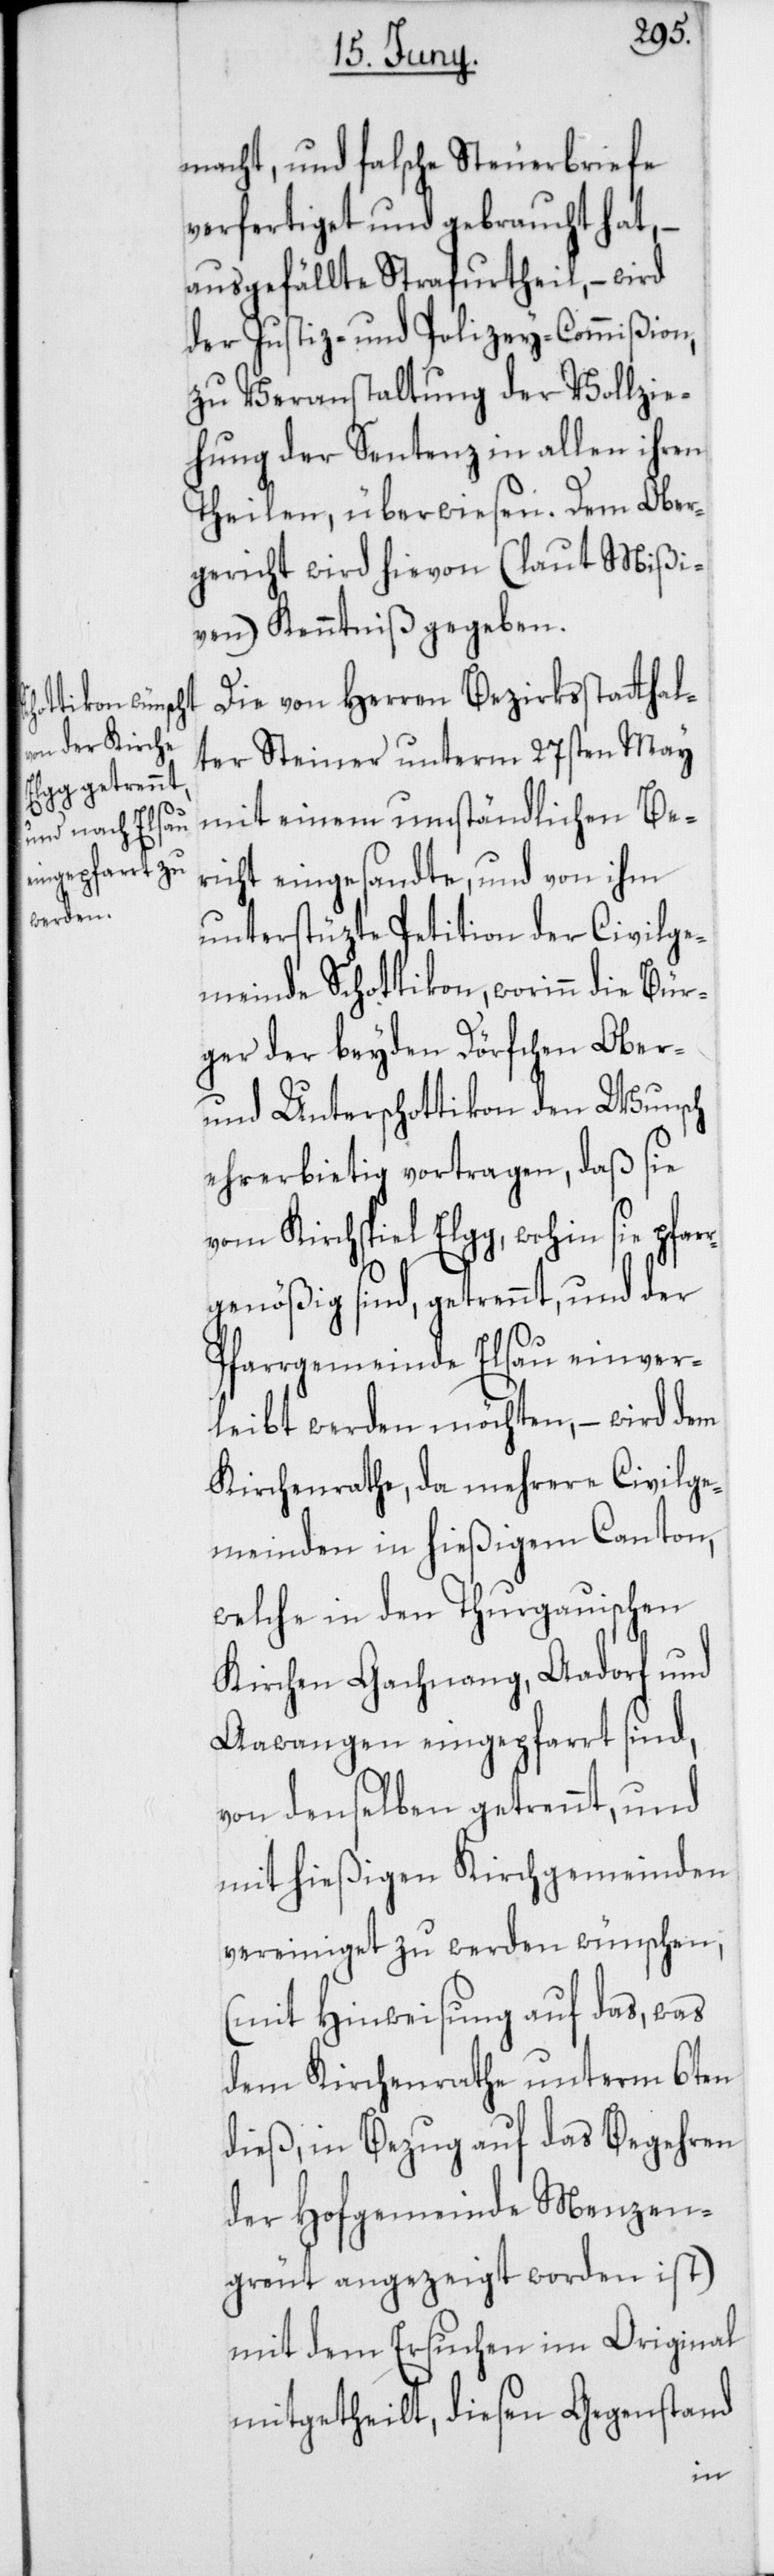
macht, und falsche Steuerbriefe
verfertiget und gebraucht hat, –
ausgefällte Strafurtheil, – wird
der Justiz- und Polizey-Commißion,
zu Veranstaltung der Vollzie¬
hung der Sentenz in allen ihren
Theilen, überwiesen. Dem Ober¬
gericht wird hievon (laut Mißi¬
ven) Kenntniß gegeben.
Die von Herren Bezirksstatthal¬
ter Steiner unterm 27sten May
mit einem umständlichen Be¬
richt eingesandte, und von ihm
unterstüzte Petition der Civilge¬
meinde Schottikon, worinn die Bür¬
ger der beyden Dörfchen Ober-
und Unterschottikon den Wunsch
ehrerbietig vortragen, daß sie
vom Kichspiel Elgg, wohin sie pfar¬
rgenößig sind, getrennt, und der
Pfarrgemeinde Elsau einver¬
leibt werden möchten, – wird dem
Kirchenrathe, da mehrere Civilge¬
meinden in hießigem Canton,
welche in den Thurgauischen
Kirchen Gachnang, Aadorf und
Aawangen eingepfarrt sind,
von denselben getrennt, und
mit hießigen Kirchgemeinden
vereiniget zu werden wünschen,
(mit Hinweisung auf das, was
dem Kirchenrathe unterm 6ten
dieß, in Bezug auf das Begehren
der Hofgemeinde Menzen¬
greut angezeigt worden ist)
mit dem Ersuchen im Original
mitgetheilt, diesen Gegenstand